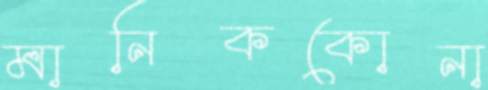
মানিককোনা